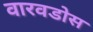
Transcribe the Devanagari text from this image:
वारवडोस